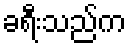
ခရီးသည်က